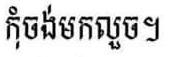
កុំចង់មកលួច។